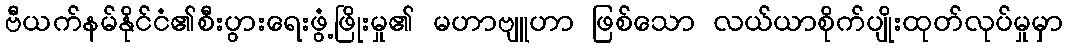
ဗီယက်နမ်နိုင်ငံ၏စီးပွားရေးဖွံ့ဖြိုးမှု၏ မဟာဗျူဟာ ဖြစ်သော လယ်ယာစိုက်ပျိုးထုတ်လုပ်မှုမှာ